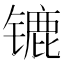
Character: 𰾲